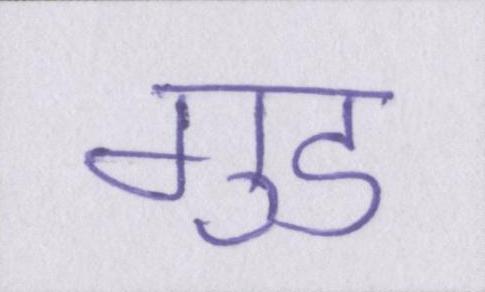
गुड